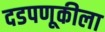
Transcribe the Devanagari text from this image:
दडपणूकीला